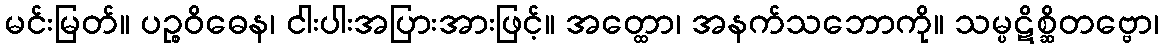
မင်းမြတ်။ ပဉ္စဝိဓေန၊ ငါးပါးအပြားအားဖြင့်။ အတ္ထော၊ အနက်သဘောကို။ သမ္ပဋိစ္ဆိတဗ္ဗော၊